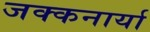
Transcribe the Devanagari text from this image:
जक्कनार्या